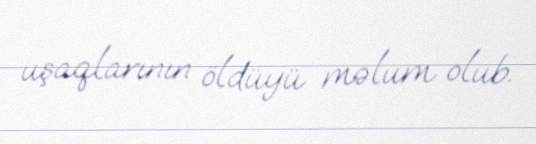
uşaqlarının öldüyü məlum olub.